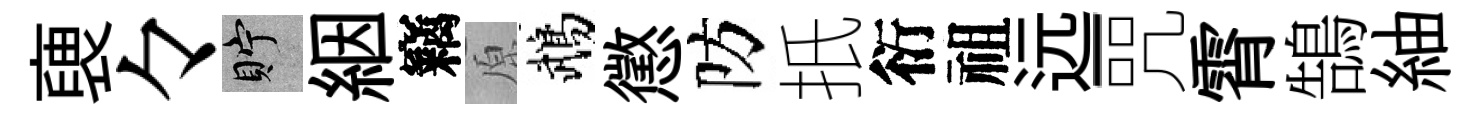
褏々貯絪竊原鵡懲防扺衍祖远-咒霄鵠紬